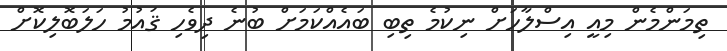
ތިމަންމެން މިއީ އިސްލާހަށް ނިކުމެ ތިބި ބައެއްކަމަށް ބުނެ ދިވެހި ޤައުމު ހަލަބޮލިކޮށް